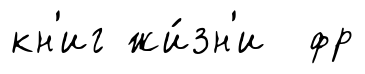
кн'иг жи́зн'и фр